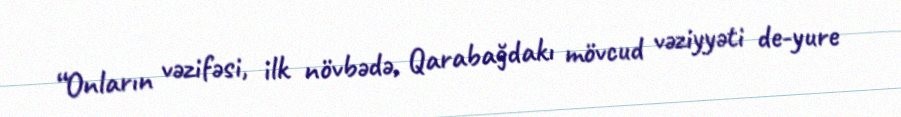
“Onların vəzifəsi, ilk növbədə, Qarabağdakı mövcud vəziyyəti de-yure